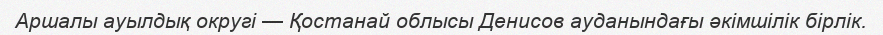
Аршалы ауылдық округі — Қостанай облысы Денисов ауданындағы әкімшілік бірлік.